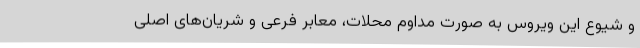
و شیوع این ویروس به صورت مداوم محلات، معابر فرعی و شریان‌های اصلی